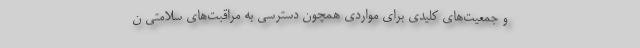
و جمعیت‌های کلیدی برای مواردی همچون دسترسی به مراقبت‌های سلامتی ن